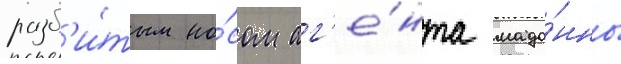
разб'и́тым но́сом аг'е́нта мадо́нны